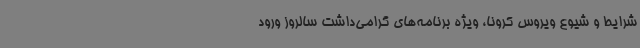
شرایط و شیوع ویروس کرونا، ویژه برنامه‌های گرامی‌داشت سالروز ورود